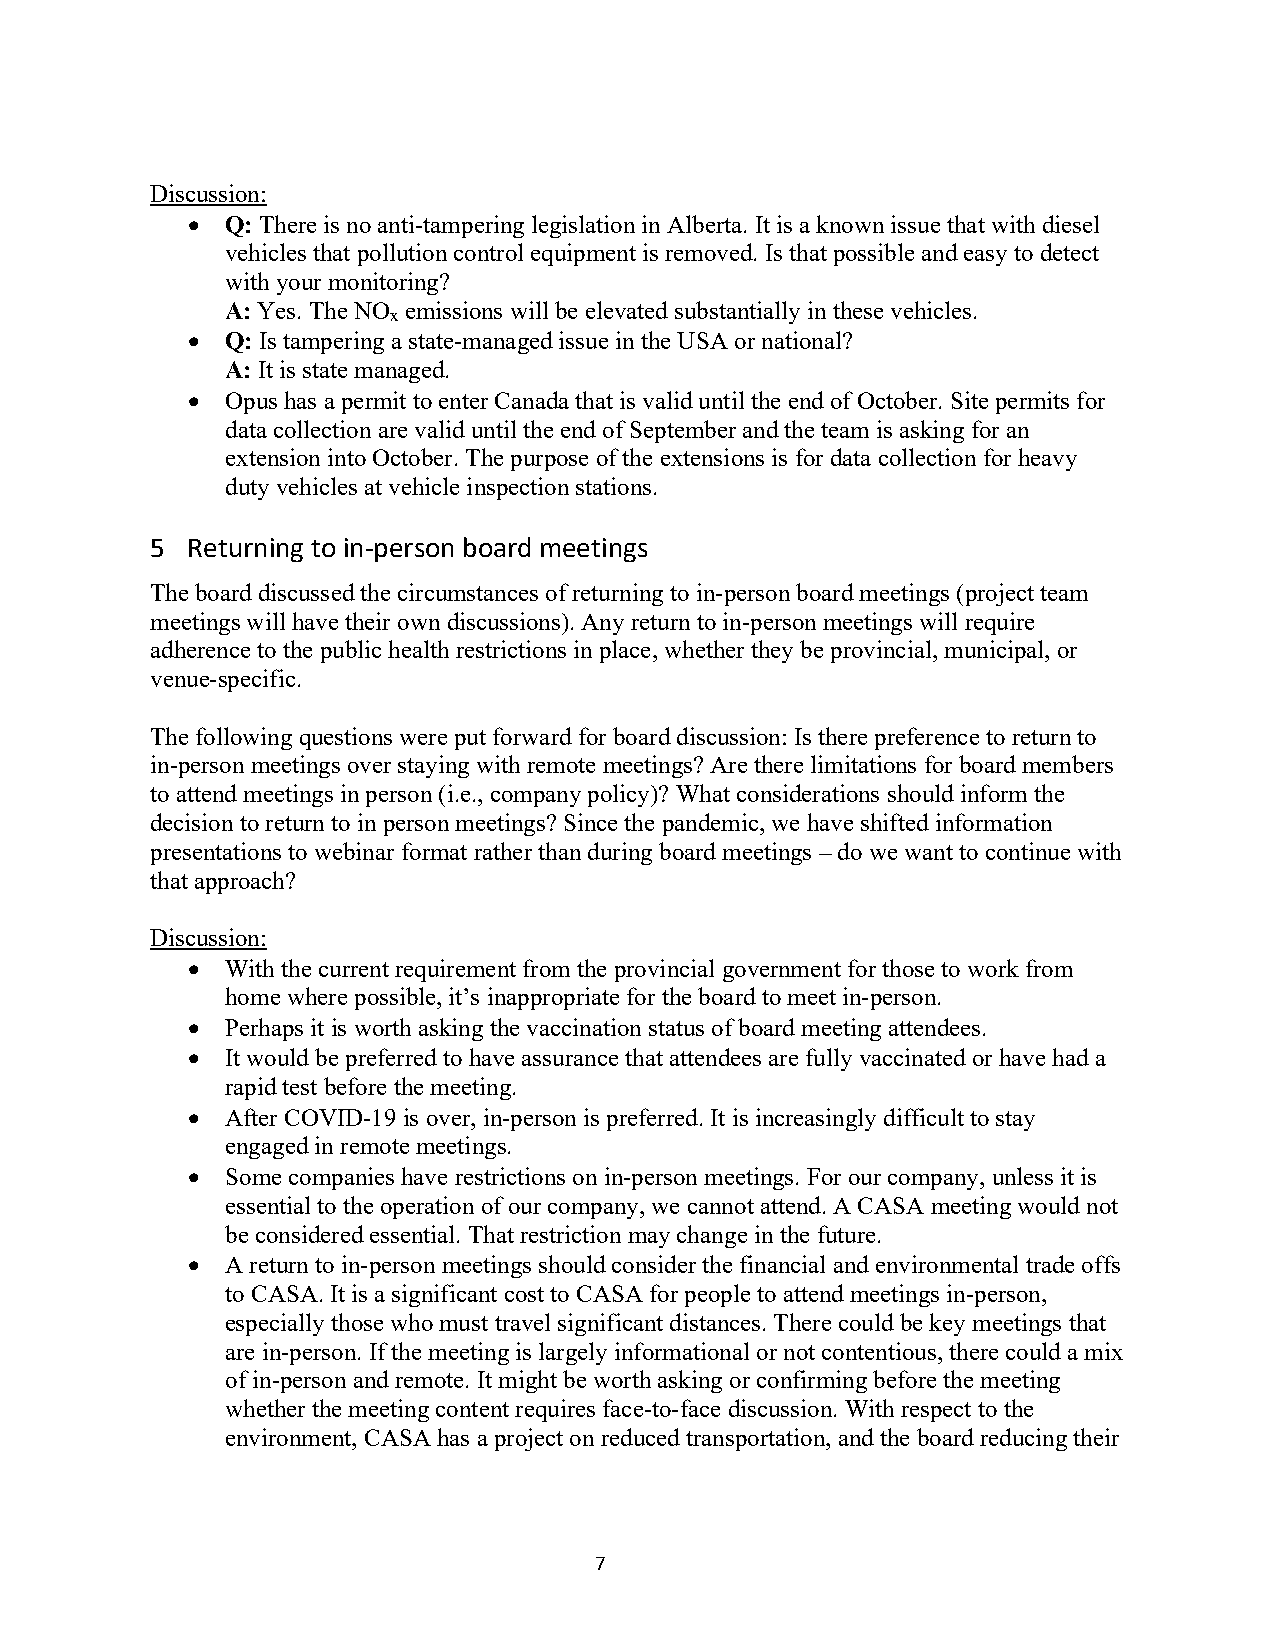
Discussion:
 •  Q: There is no anti-tampering legislation in Alberta. It is a known issue that with diesel
 vehicles that pollution control equipment is removed. Is that possible and easy to detect
 with your monitoring?
 A: Yes. The NO emissions will be elevated substantially in these vehicles.
 x
 •  Q: Is tampering a state-managed issue in the USA or national?
 A: It is state managed.
 •  Opus has a permit to enter Canada that is valid until the end of October. Site permits for
 data collection are valid until the end of September and the team is asking for an
 extension into October. The purpose of the extensions is for data collection for heavy
 duty vehicles at vehicle inspection stations.
 5 Returning to in-person board meetings
 The board discussed the circumstances of returning to in-person board meetings (project team
 meetings will have their own discussions). Any return to in-person meetings will require
 adherence to the public health restrictions in place, whether they be provincial, municipal, or
 venue-specific.
 The following questions were put forward for board discussion: Is there preference to return to
 in-person meetings over staying with remote meetings? Are there limitations for board members
 to attend meetings in person (i.e., company policy)? What considerations should inform the
 decision to return to in person meetings? Since the pandemic, we have shifted information
 presentations to webinar format rather than during board meetings – do we want to continue with
 that approach?
 Discussion:
 •  With the current requirement from the provincial government for those to work from
 home where possible, it’s inappropriate for the board to meet in-person.
 •  Perhaps it is worth asking the vaccination status of board meeting attendees.
 •  It would be preferred to have assurance that attendees are fully vaccinated or have had a
 rapid test before the meeting.
 •  After COVID-19 is over, in-person is preferred. It is increasingly difficult to stay
 engaged in remote meetings.
 •  Some companies have restrictions on in-person meetings. For our company, unless it is
 essential to the operation of our company, we cannot attend. A CASA meeting would not
 be considered essential. That restriction may change in the future.
 •  A return to in-person meetings should consider the financial and environmental trade offs
 to CASA. It is a significant cost to CASA for people to attend meetings in-person,
 especially those who must travel significant distances. There could be key meetings that
 are in-person. If the meeting is largely informational or not contentious, there could a mix
 of in-person and remote. It might be worth asking or confirming before the meeting
 whether the meeting content requires face-to-face discussion. With respect to the
 environment, CASA has a project on reduced transportation, and the board reducing their
 7